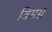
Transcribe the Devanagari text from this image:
विमग्न